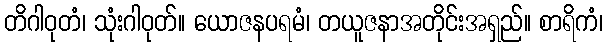
တိဂါဝုတံ၊ သုံးဂါဝုတ်။ ယောဇနပရမံ၊ တယူဇနာအတိုင်းအရှည်။ စာရိကံ၊